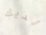
لديك